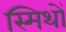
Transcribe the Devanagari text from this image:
स्मिथों